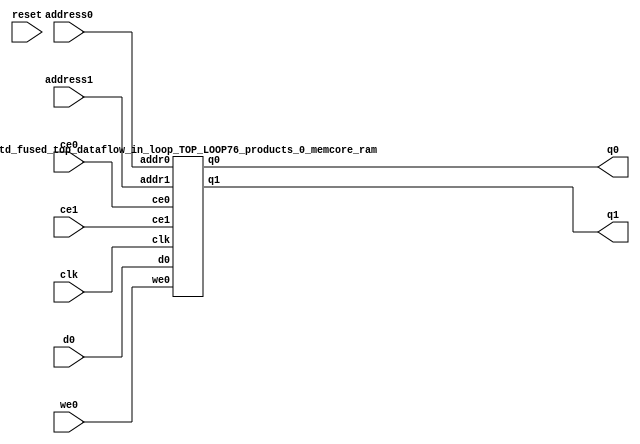
`define EXPONENT 5
`define MANTISSA 10
`define ACTUAL_MANTISSA 11
`define EXPONENT_LSB 10
`define EXPONENT_MSB 14
`define MANTISSA_LSB 0
`define MANTISSA_MSB 9
`define MANTISSA_MUL_SPLIT_LSB 3
`define MANTISSA_MUL_SPLIT_MSB 9
`define SIGN 1
`define SIGN_LOC 15
`define DWIDTH (`SIGN+`EXPONENT+`MANTISSA)
`define IEEE_COMPLIANCE 1

module td_fused_top_dataflow_in_loop_TOP_LOOP76_products_0_memcore(
    reset,
    clk,
    address0,
    ce0,
    we0,
    d0,
    q0,
    address1,
    ce1,
    q1);

parameter DataWidth = 32'd16;
parameter AddressRange = 32'd128;
parameter AddressWidth = 32'd7;
input reset;
input clk;
input[AddressWidth - 1:0] address0;
input ce0;
input we0;
input[DataWidth - 1:0] d0;
output[DataWidth - 1:0] q0;
input[AddressWidth - 1:0] address1;
input ce1;
output[DataWidth - 1:0] q1;



td_fused_top_dataflow_in_loop_TOP_LOOP76_products_0_memcore_ram td_fused_top_dataflow_in_loop_TOP_LOOP76_products_0_memcore_ram_U(
    .clk( clk ),
    .addr0( address0 ),
    .ce0( ce0 ),
    .we0( we0 ),
    .d0( d0 ),
    .q0( q0 ),
    .addr1( address1 ),
    .ce1( ce1 ),
    .q1( q1 )
);

endmodule
module td_fused_top_dataflow_in_loop_TOP_LOOP76_products_0_memcore_ram (addr0, ce0, d0, we0, q0, addr1, ce1, q1,  clk);

parameter DWIDTH = 16;
parameter AWIDTH = 7;
parameter MEM_SIZE = 128;

input[AWIDTH-1:0] addr0;
input ce0;
input[DWIDTH-1:0] d0;
input we0;
output reg[DWIDTH-1:0] q0;
input[AWIDTH-1:0] addr1;
input ce1;
output reg[DWIDTH-1:0] q1;
input clk;

reg [DWIDTH-1:0] ram[MEM_SIZE-1:0];




always @(posedge clk)  
begin 
    if (ce0) begin
        if (we0) 
            ram[addr0] <= d0; 
        q0 <= ram[addr0];
    end
end


always @(posedge clk)  
begin 
    if (ce1) begin
        q1 <= ram[addr1];
    end
end


endmodule